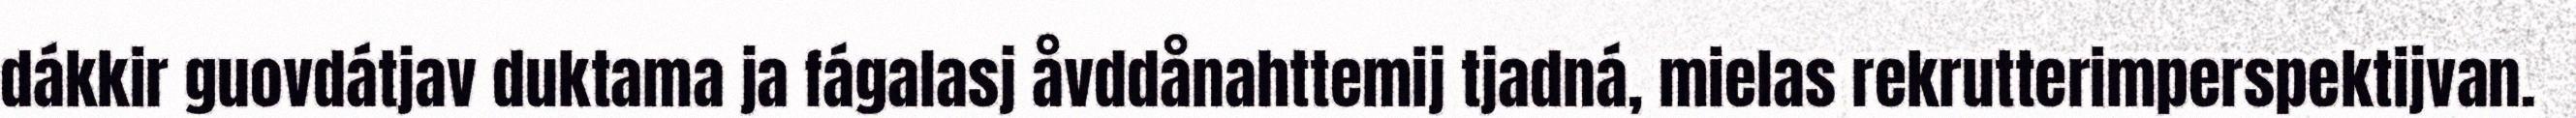
dákkir guovdátjav duktama ja fágalasj åvddånahttemij tjadná, mielas rekrutterimperspektijvan.